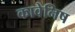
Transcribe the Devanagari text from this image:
कावेनिष